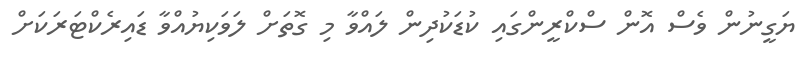
ޔަގީނުން ވެސް އޮން ސްކްރީންގައި ކުޑަކުދިން ލައްވާ މި ގޮތަށް ލަވަކިޔުއްވާ ޑައިރެކްޓަރަކަށް